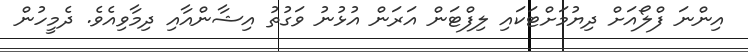
އިންނަ ފްލޯއަށް ދިޔުމަށްޓަކައި ލިފްޓަން އަރަން އުޅުނު ވަގުތު އިޝާންއާއި ދިމާވިއެވެ. ދެމީހުން